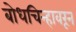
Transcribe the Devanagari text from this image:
बोधचिन्हावरून